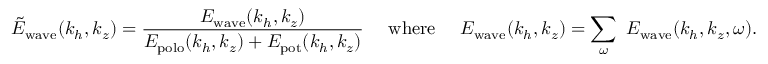
\tilde { E } _ { \mathrm { w a v e } } ( k _ { h } , k _ { z } ) = \frac { E _ { \mathrm { w a v e } } ( k _ { h } , k _ { z } ) } { E _ { \mathrm { p o l o } } ( k _ { h } , k _ { z } ) + E _ { \mathrm { p o t } } ( k _ { h } , k _ { z } ) } ~ ~ ~ ~ \mathrm { w h e r e } ~ ~ ~ ~ E _ { \mathrm { w a v e } } ( k _ { h } , k _ { z } ) = \sum _ { \omega } ~ E _ { \mathrm { w a v e } } ( k _ { h } , k _ { z } , \omega ) .